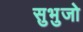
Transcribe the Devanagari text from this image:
सुभुजो